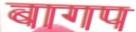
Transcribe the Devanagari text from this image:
बागप